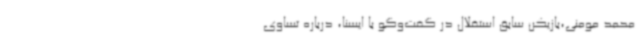
محمد مومنی،بازیکن سابق استقلال در گفت‌وگو با ایسنا، درباره تساوی